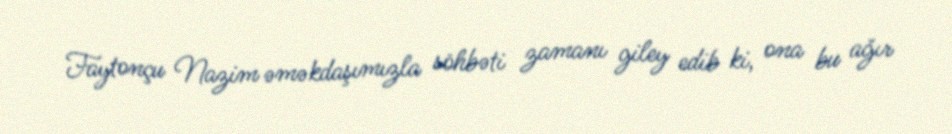
Faytonçu Nazim əməkdaşımızla söhbəti zamanı giley edib ki, ona bu ağır